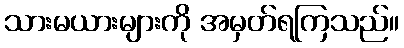
သားမယားများကို အမှတ်ရကြသည်။